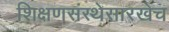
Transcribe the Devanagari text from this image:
शिक्षणसंस्थेसारखेच